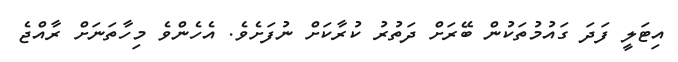
އިޓަލީ ފަދަ ގައުމުތަކުން ބޭރަށް ދަތުރު ކުރާކަށް ނުފަށެވެ. އެހެންވެ މިހާތަނަށް ރާއްޖެ